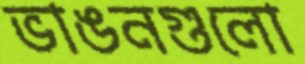
ভাঙনগুলো